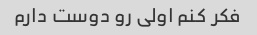
فکر کنم اولی رو دوست دارم